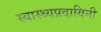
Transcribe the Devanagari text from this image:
स्वास्थ्यप्रदायिनी